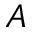
A